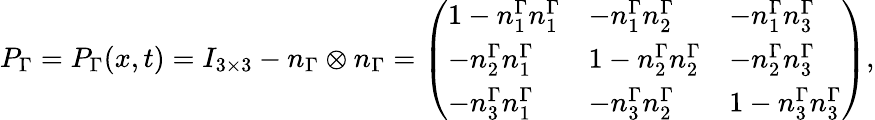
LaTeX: P_{\Gamma}=P_{\Gamma}(x,t)=I_{3\times 3}-n_{\Gamma}\otimes n_{\Gamma}=\left(\begin{array}{lll}{1-n_{1}^{\Gamma}n_{1}^{\Gamma}}&{-n_{1}^{\Gamma}n_{2}^{\Gamma}}&{-n_{1}^{\Gamma}n_{3}^{\Gamma}}\\ {-n_{2}^{\Gamma}n_{1}^{\Gamma}}&{1-n_{2}^{\Gamma}n_{2}^{\Gamma}}&{-n_{2}^{\Gamma}n_{3}^{\Gamma}}\\ {-n_{3}^{\Gamma}n_{1}^{\Gamma}}&{-n_{3}^{\Gamma}n_{2}^{\Gamma}}&{1-n_{3}^{\Gamma}n_{3}^{\Gamma}}\end{array}\right),